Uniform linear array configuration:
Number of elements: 12
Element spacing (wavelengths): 1
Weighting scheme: exponential
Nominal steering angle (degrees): -15
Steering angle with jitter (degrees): -14.287
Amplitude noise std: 0.05
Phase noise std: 0.05

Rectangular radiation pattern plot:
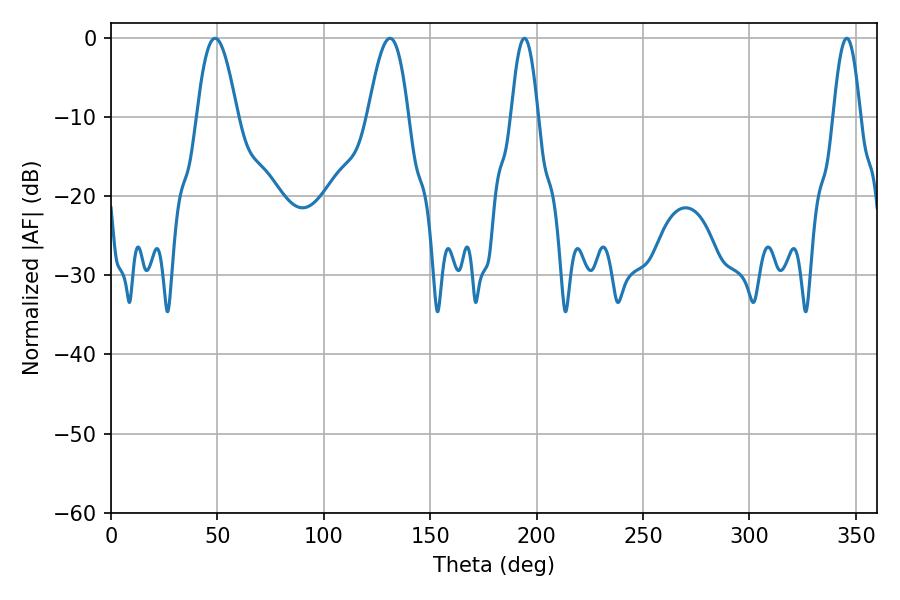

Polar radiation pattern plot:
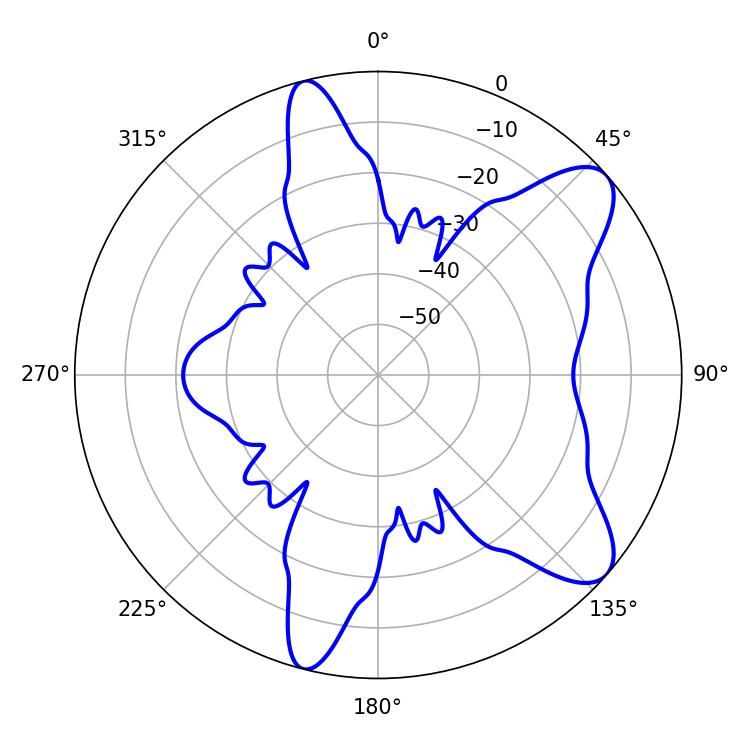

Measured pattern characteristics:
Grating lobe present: TRUE
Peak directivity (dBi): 9.066
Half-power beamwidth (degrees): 10.26
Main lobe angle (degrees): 48.96